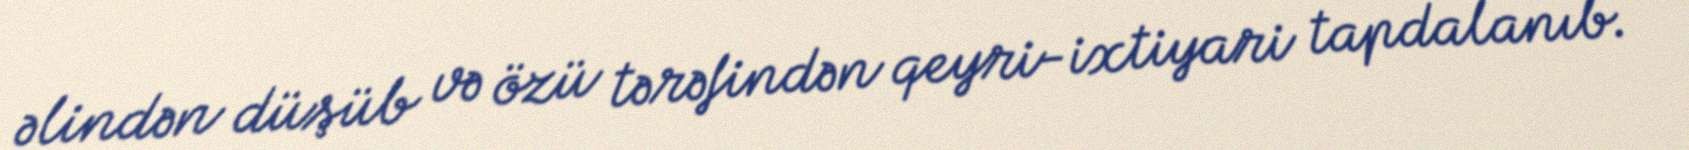
əlindən düşüb və özü tərəfindən qeyri-ixtiyari tapdalanıb.